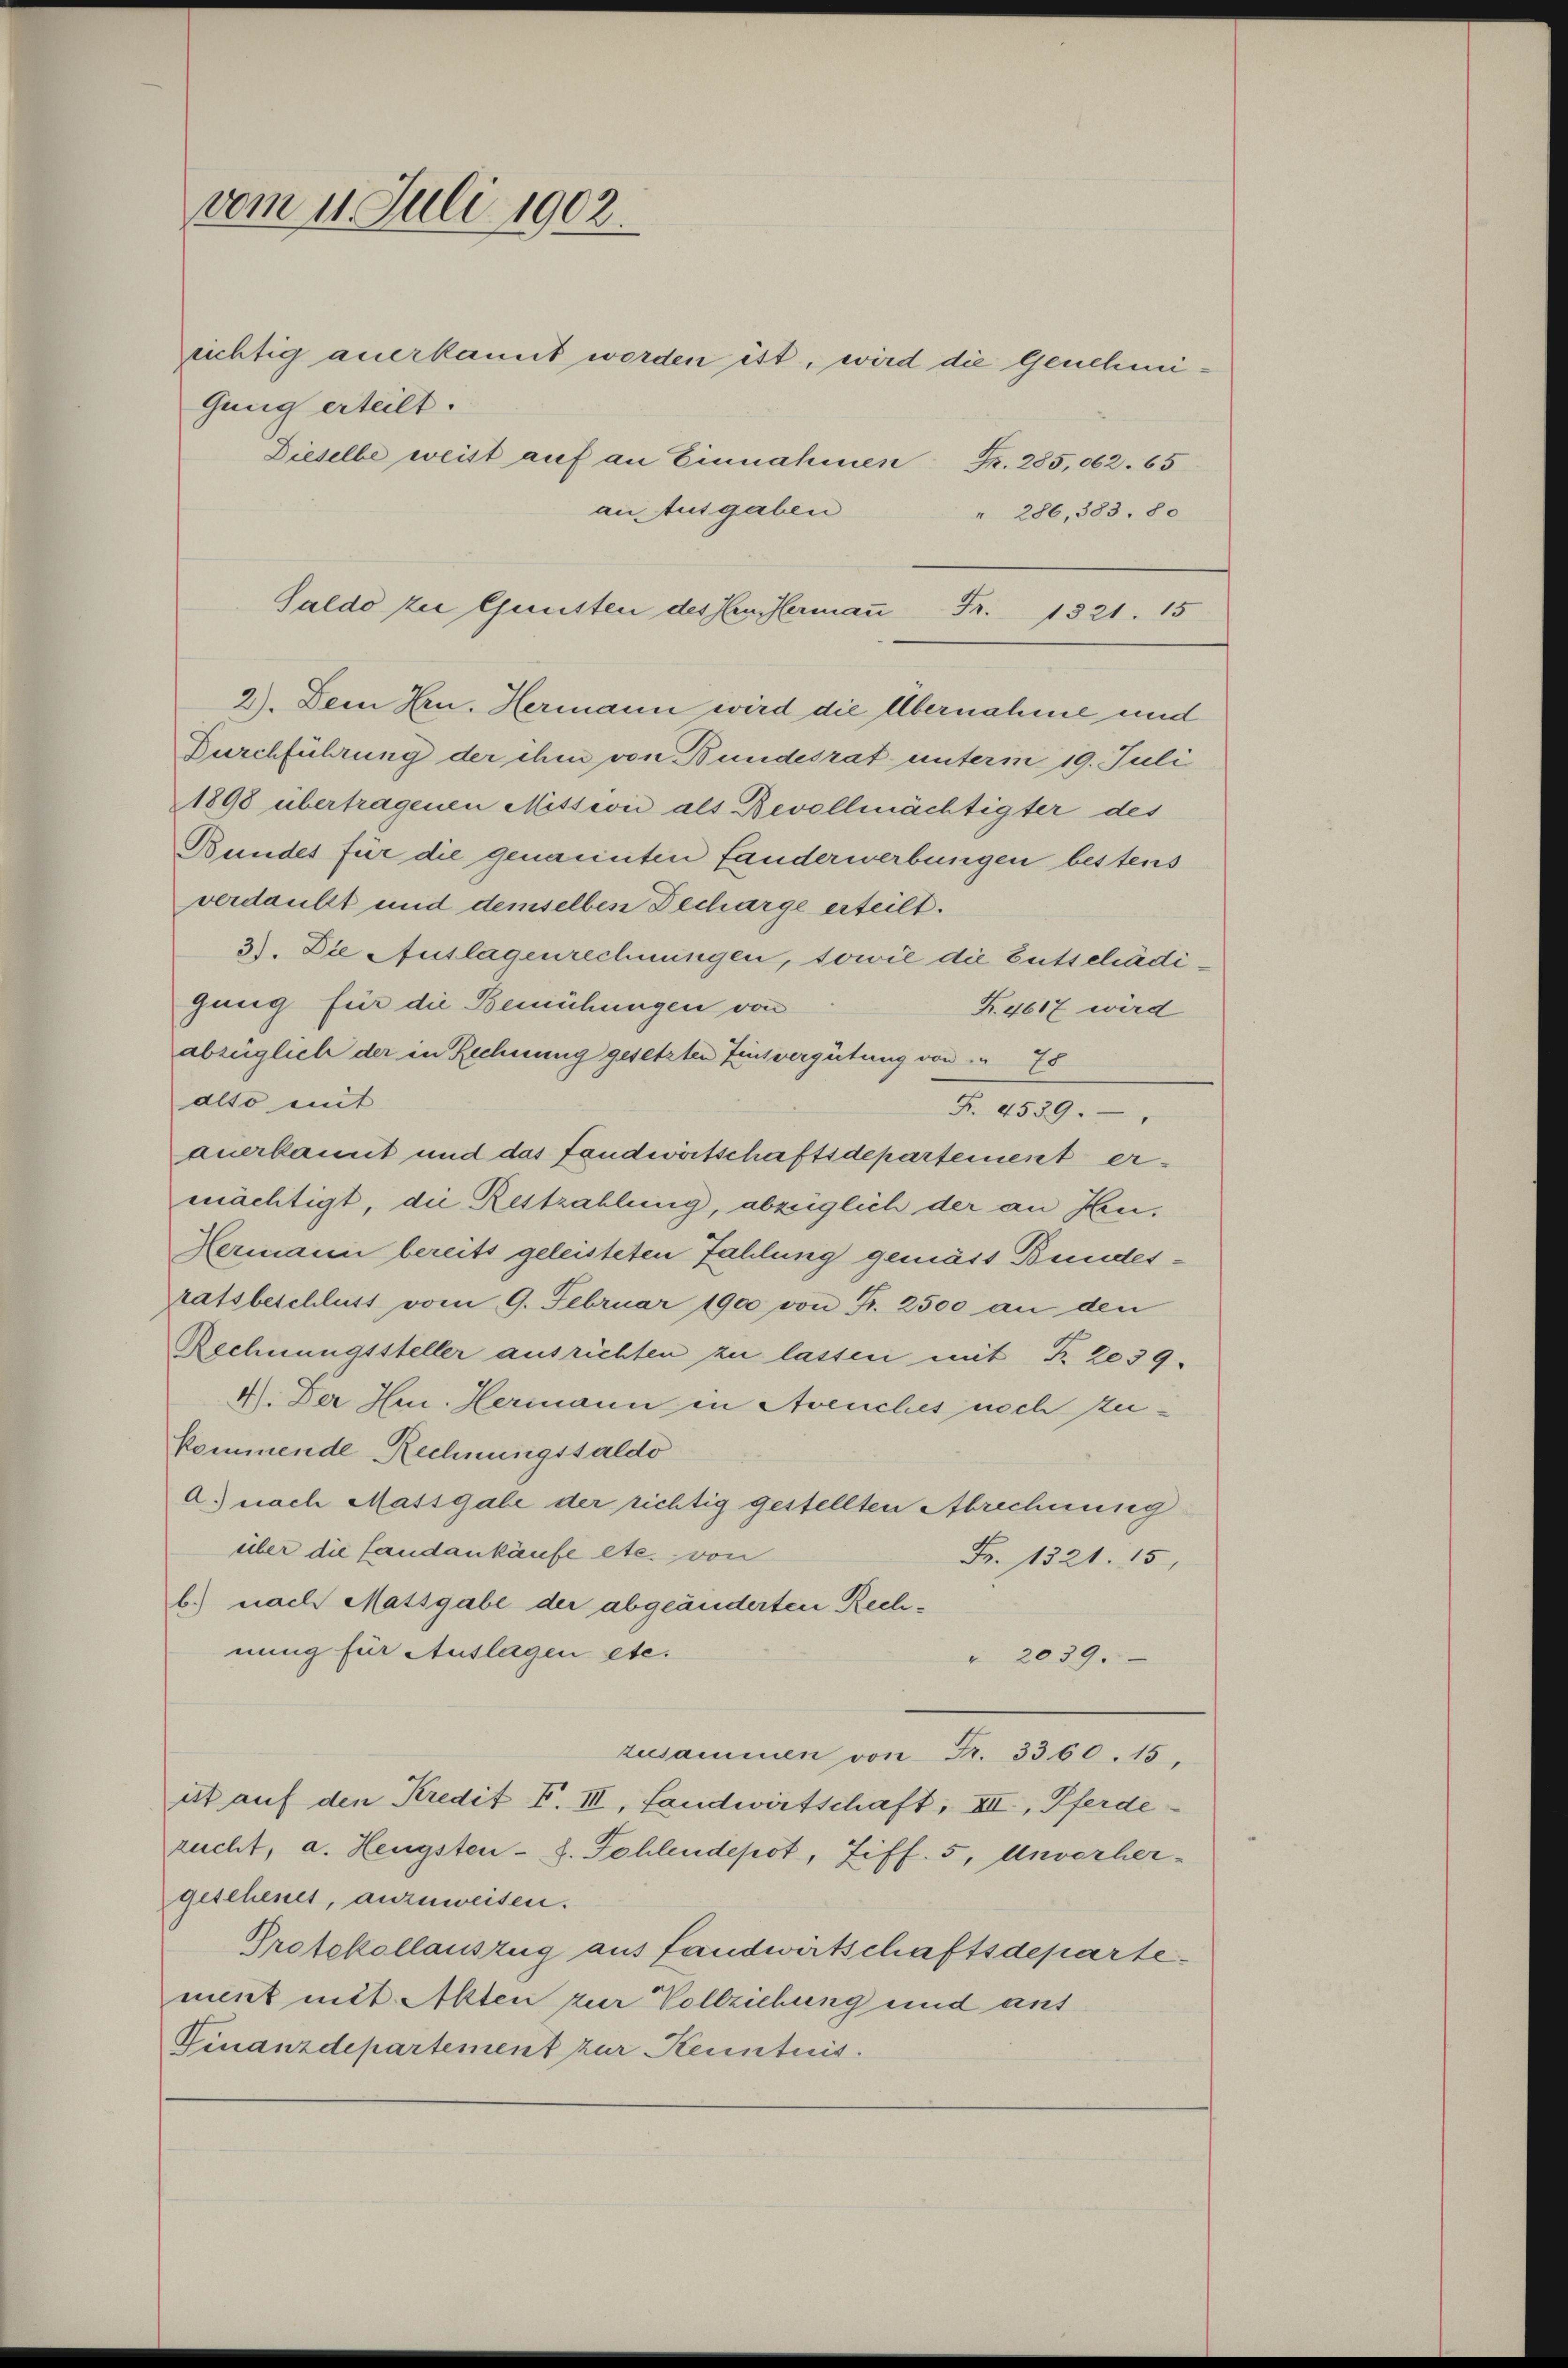
vom 11. Juli 1902.
Gang erteilt.

richtig anerkannt werden ist, wird die Genehmi¬
Dieselbe weist auf an Einnahmen Fr. 285,062. 65
an Ausgaben

Saldo zu Gunsten des Hoffermaṅ Fr. 1321. 15
2). Dem Hrn. Hermann wird die Übernahme und
Durchführung der ihm von Bundesrat unterm 19. Juli
1898 übertragenen Mission als Bevollmächtigter des

Bundes für die genannten Landerwerbungen bestens
verdankt und demselben Decharge erteilt.
3). Die Auslagenrechnungen, sowie die Entschädigung für die Bemühungen von
F.4617 wird
abzüglich der in Rechnung gesetzten Zeitvergütung von 78
alto mit
Fr. 4539.
anerkannt und das fandwirtschaftsdepartement ermächtigt, die Restzahlung, abzüglich der an Heu¬
Hermann bereits geleisteten Fahlung gemäss Bundesratsbeschluss vom 9. Februar 1900 von Fr. 2500 an den
Rechnungssteller ausrichten zu lassen mit Fr. 2039.
4). Der Hr. Hermann in Avenches noch zukommende Rechnungssaldo
a.) nach Massgabe der richtig gestellten Abrechnung
über die fandankäufe etc. von
Fr. 1321. 15,
b.) nach Massgabe der abgeänderten Rechnung für Auslagen etc.
" 2039.
zusammen von Fr. 3360. 15,
ist auf den Kredit F. III, Landwirtschaft, III, Pferde
rucht, a. Hengsten - 8. Fehlendepot, Ziff. 5, Unverher-
gesehenet, anzuweisen.
Protokollauszug aus fandwirtschaftsdepartement mit Akten zur Vollziehung und aus
Finanzdepartement zur Kenntnis.

286, 383. 80